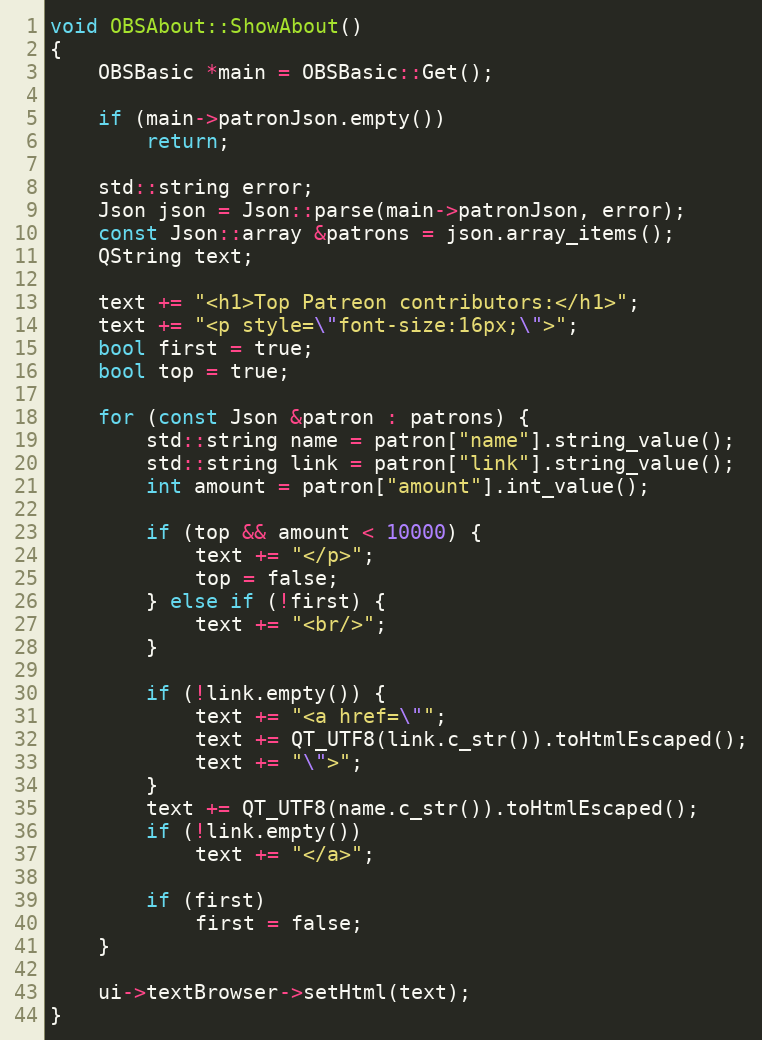
Language: C++
void OBSAbout::ShowAbout()
{
	OBSBasic *main = OBSBasic::Get();

	if (main->patronJson.empty())
		return;

	std::string error;
	Json json = Json::parse(main->patronJson, error);
	const Json::array &patrons = json.array_items();
	QString text;

	text += "<h1>Top Patreon contributors:</h1>";
	text += "<p style=\"font-size:16px;\">";
	bool first = true;
	bool top = true;

	for (const Json &patron : patrons) {
		std::string name = patron["name"].string_value();
		std::string link = patron["link"].string_value();
		int amount = patron["amount"].int_value();

		if (top && amount < 10000) {
			text += "</p>";
			top = false;
		} else if (!first) {
			text += "<br/>";
		}

		if (!link.empty()) {
			text += "<a href=\"";
			text += QT_UTF8(link.c_str()).toHtmlEscaped();
			text += "\">";
		}
		text += QT_UTF8(name.c_str()).toHtmlEscaped();
		if (!link.empty())
			text += "</a>";

		if (first)
			first = false;
	}

	ui->textBrowser->setHtml(text);
}